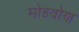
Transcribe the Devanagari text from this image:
मोडवोण